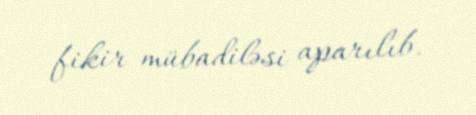
fikir mübadiləsi aparılıb.